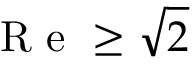
\mathrm { ~ R ~ e ~ } \ge \sqrt { 2 }